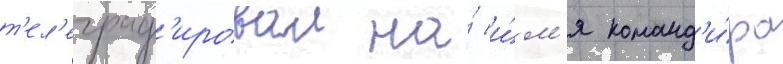
т'ел'еграф'ировал на́ и́м'я команд'и́ра